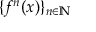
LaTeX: \{ f ^ { n } ( x ) \} _ { n \in \mathbb { N } }